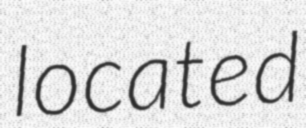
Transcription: located